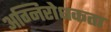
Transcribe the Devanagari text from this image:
अग्निरोधकता